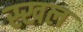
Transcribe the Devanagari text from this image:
स्खल